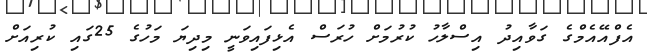
އެފްއޭއެމްގެ ގަވާއިދު އިސްލާހު ކުރުމަށް ހުރަސް އެޅިފައިވަނީ މިދިޔަ މަހުގެ 25ގައި ކުރިއަށް